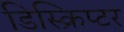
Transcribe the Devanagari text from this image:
डिस्क्रिप्टर